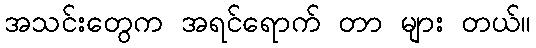
အသင်းတွေက အရင်ရောက် တာ များ တယ်။